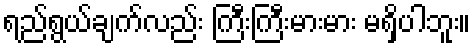
ရည်ရွယ်ချက်လည်း ကြီးကြီးမားမား မရှိပါဘူး။